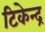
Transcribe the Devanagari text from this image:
टिकेन्द्र